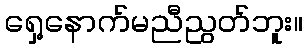
ရှေ့နောက်မညီညွတ်ဘူး။